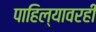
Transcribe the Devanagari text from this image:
पाहिल्यावरही